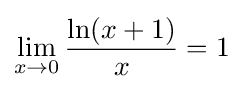
\lim _{x\to 0}{\frac {\ln(x+1)}{x}}=1